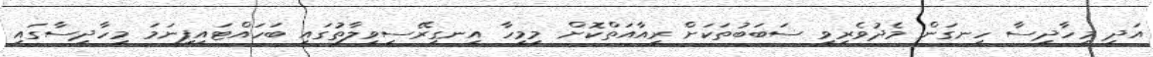
އަދި މިހާދިސާ ހިނގަން މެދުވެރިވި ސަބަބުތަކަށް ރިއާއަތްކޮށް މިމީހާ އިނގިރޭސިވިލާތުގައި ބަހައްޓައިފިނަމަ މިހާދިސާގައި